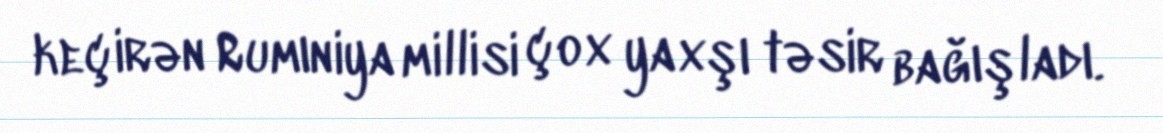
keçirən Rumıniya millisi çox yaxşı təsir bağışladı.